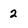
Character: 2